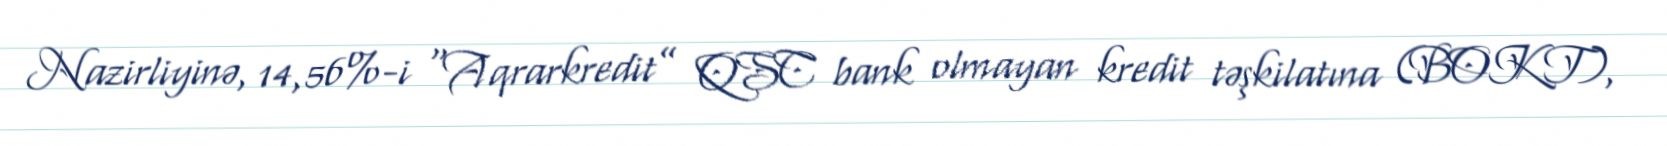
Nazirliyinə, 14,56%-i “Aqrarkredit” QSC bank olmayan kredit təşkilatına (BOKT),